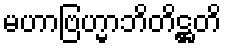
မဟာဗြဟ္မာဘိတိဋ္ဌတိ